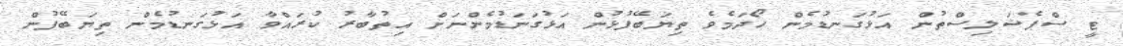
ޓީ ސްޕެޝަލިސްތުން އަޅުގަނޑުމެން ހޯދަމެވެ ތިޔަބޭފުޅުން އަޅުގަނަޑުމެންނަށް އިތުބާރު ކުރައްވާ އަޅުގަނޑުމެން ތިޔަބޭފުން